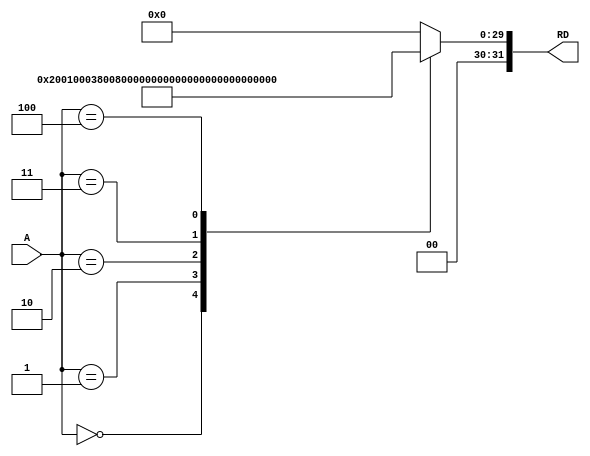
module InstructionMemory(input [7:0]A,
                         output reg [31:0]RD);

always@(*)
  begin
    case(A)
      8'b00000000: begin
        RD = 32'b001000_00000_00001_00000_00000_000011;
      end
      8'b00000001: begin
        RD = 32'b001000_00000_00010_00000_00000_001001;
      end
      8'b00000010: begin
        RD = 32'b000000_00001_00010_00010_00000_100000;
      end
      8'b00000011: begin
        RD = 32'b000000_00001_00010_00011_00000_100100;
      end
      8'b00000100: begin
        RD = 32'b000000_00001_00010_00100_00000_100101;
      end
      default: begin
        RD = 32'b000000_00000_00000_00000_00000_000000;
      end
    endcase
  end
endmodule